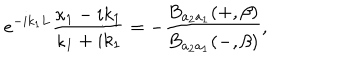
e ^ { - i k _ { 1 } L } \frac { \kappa _ { 1 } - i k _ { 1 } } { \kappa _ { 1 } + i k _ { 1 } } = - \frac { B _ { a _ { 2 } a _ { 1 } } ( + , \beta ) } { B _ { a _ { 2 } a _ { 1 } } ( - , \beta ) } ,